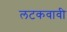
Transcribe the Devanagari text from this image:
लटकवावी